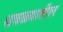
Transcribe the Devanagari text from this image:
धवळ्यातील